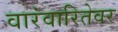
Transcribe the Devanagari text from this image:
वारंवारितेवर